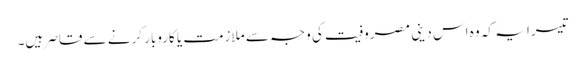
تیسرا یہ کہ وہ اس دینی مصروفیت کی وجہ سے ملازمت یا کاروبار کرنے سے قاصر ہیں۔